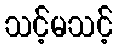
သင့်မသင့်